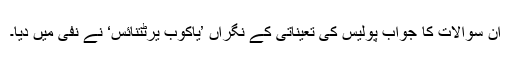
ان سوالات کا جواب پولیس کی تعیناتی کے نگراں ’یاکوب یرٹتنائس‘ نے نفی میں دیا۔